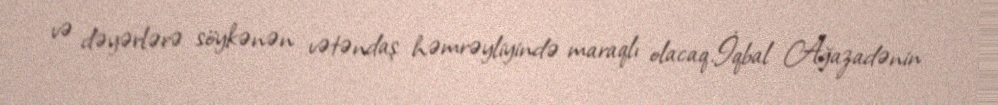
və dəyərlərə söykənən vətəndaş həmrəyliyində maraqlı olacaq.İqbal Ağazadənin